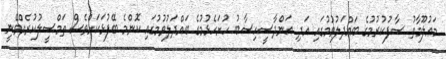
މަޢުލޫމާތު ސާފުކުރުމުގެ ބައްދަލުވުމުގައި އަދި އަންދާސީހިސާބު ހުށަހެޅުމުގެ ބައްދަލުވުމުގައި ކޮންމެ ބޭފުޅަކަށްވެސް ތަމްސީލުކުރެއްވޭނީ